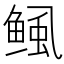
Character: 鲺